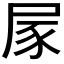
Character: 𡱰